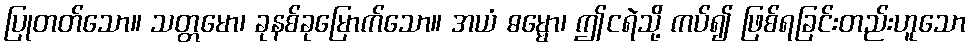
ပြုတတ်သော။ သတ္တမော၊ ခုနစ်ခုမြောက်သော။ အယံ ဓမ္မော၊ ဤငရဲသို့ ကပ်၍ ဖြစ်ရခြင်းတည်းဟူသော